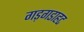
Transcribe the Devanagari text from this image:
गड़गडाहट